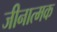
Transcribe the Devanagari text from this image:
जीनात्मक